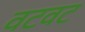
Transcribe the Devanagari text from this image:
वटवट